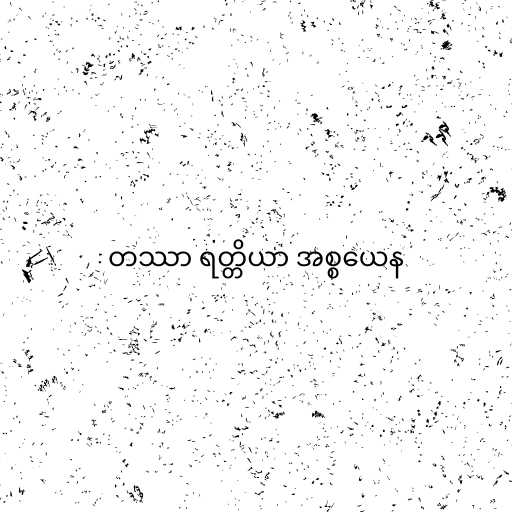
တဿာ ရတ္တိယာ အစ္စယေန